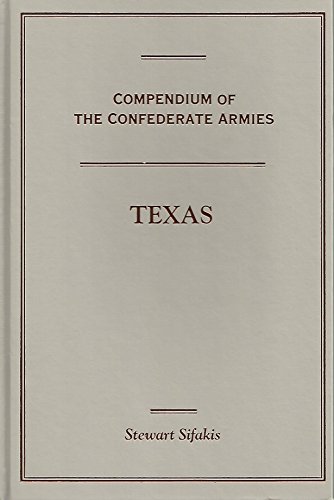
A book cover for Texas (Compendium of the Confederate Armies); Stewart Sifakis; History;